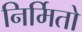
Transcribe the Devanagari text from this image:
निर्मितो